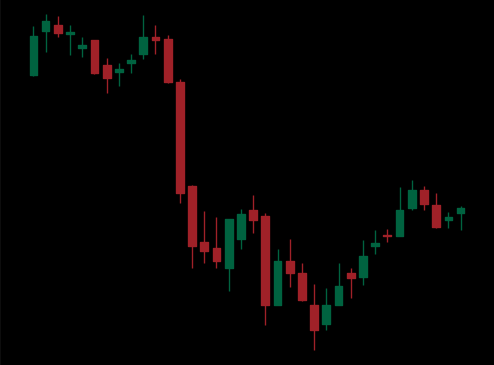
Pattern: bull_flag